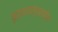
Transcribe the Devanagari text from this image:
युद्धशास्त्रातील